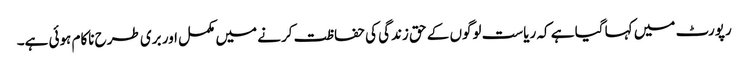
رپورٹ میں کہا گیا ہے کہ ریاست لوگوں کے حق زندگی کی حفاظت کرنے میں مکمل اور بری طرح ناکام ہوئی ہے۔